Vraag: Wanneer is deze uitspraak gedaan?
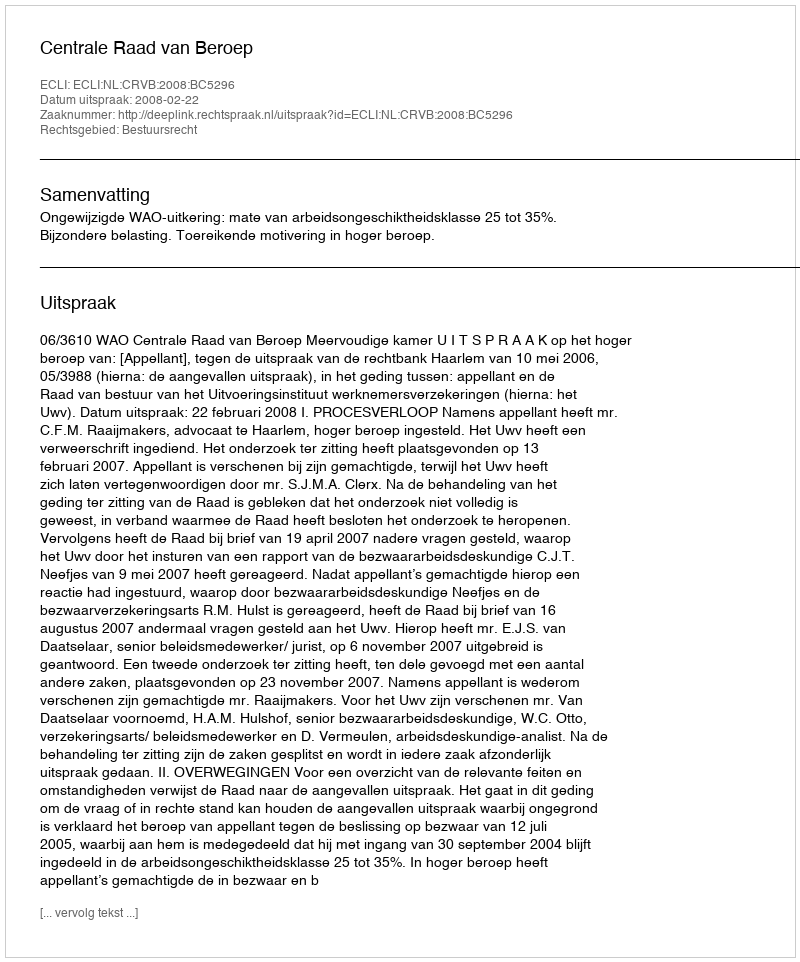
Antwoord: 2008-02-22